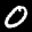
Label: 0